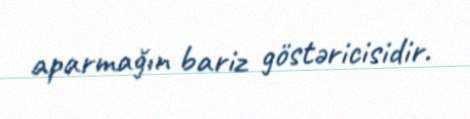
aparmağın bariz göstəricisidir.